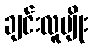
ချင်းလူမျိုး